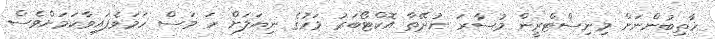
ޚާތިބުންނަށް މިނިސްޓްރީން މުސާރަ ނުދޭތާ އޮކްޓޯބަރު މަހުގެ ނިޔަލަށް ހަ މަސް ހަމަވެފައިވާކަމަށްވެސް